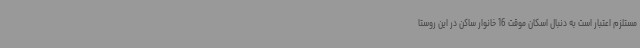
مستلزم اعتبار است به دنبال اسکان موقت 16 خانوار ساکن در این روستا